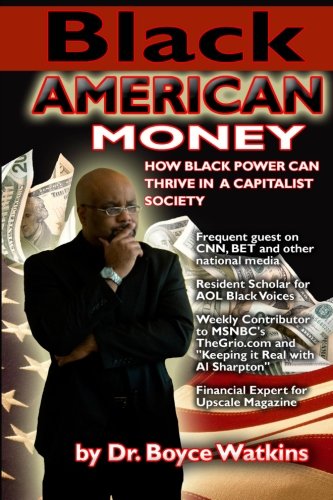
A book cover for Black American Money; Dr. Boyce Watkins; Business & Money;